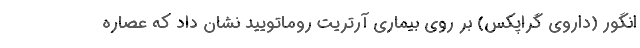
انگور (داروی گراپکس) بر روی بیماری آرتریت روماتویید نشان داد که عصاره